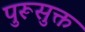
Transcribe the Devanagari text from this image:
पुरूसुक्त